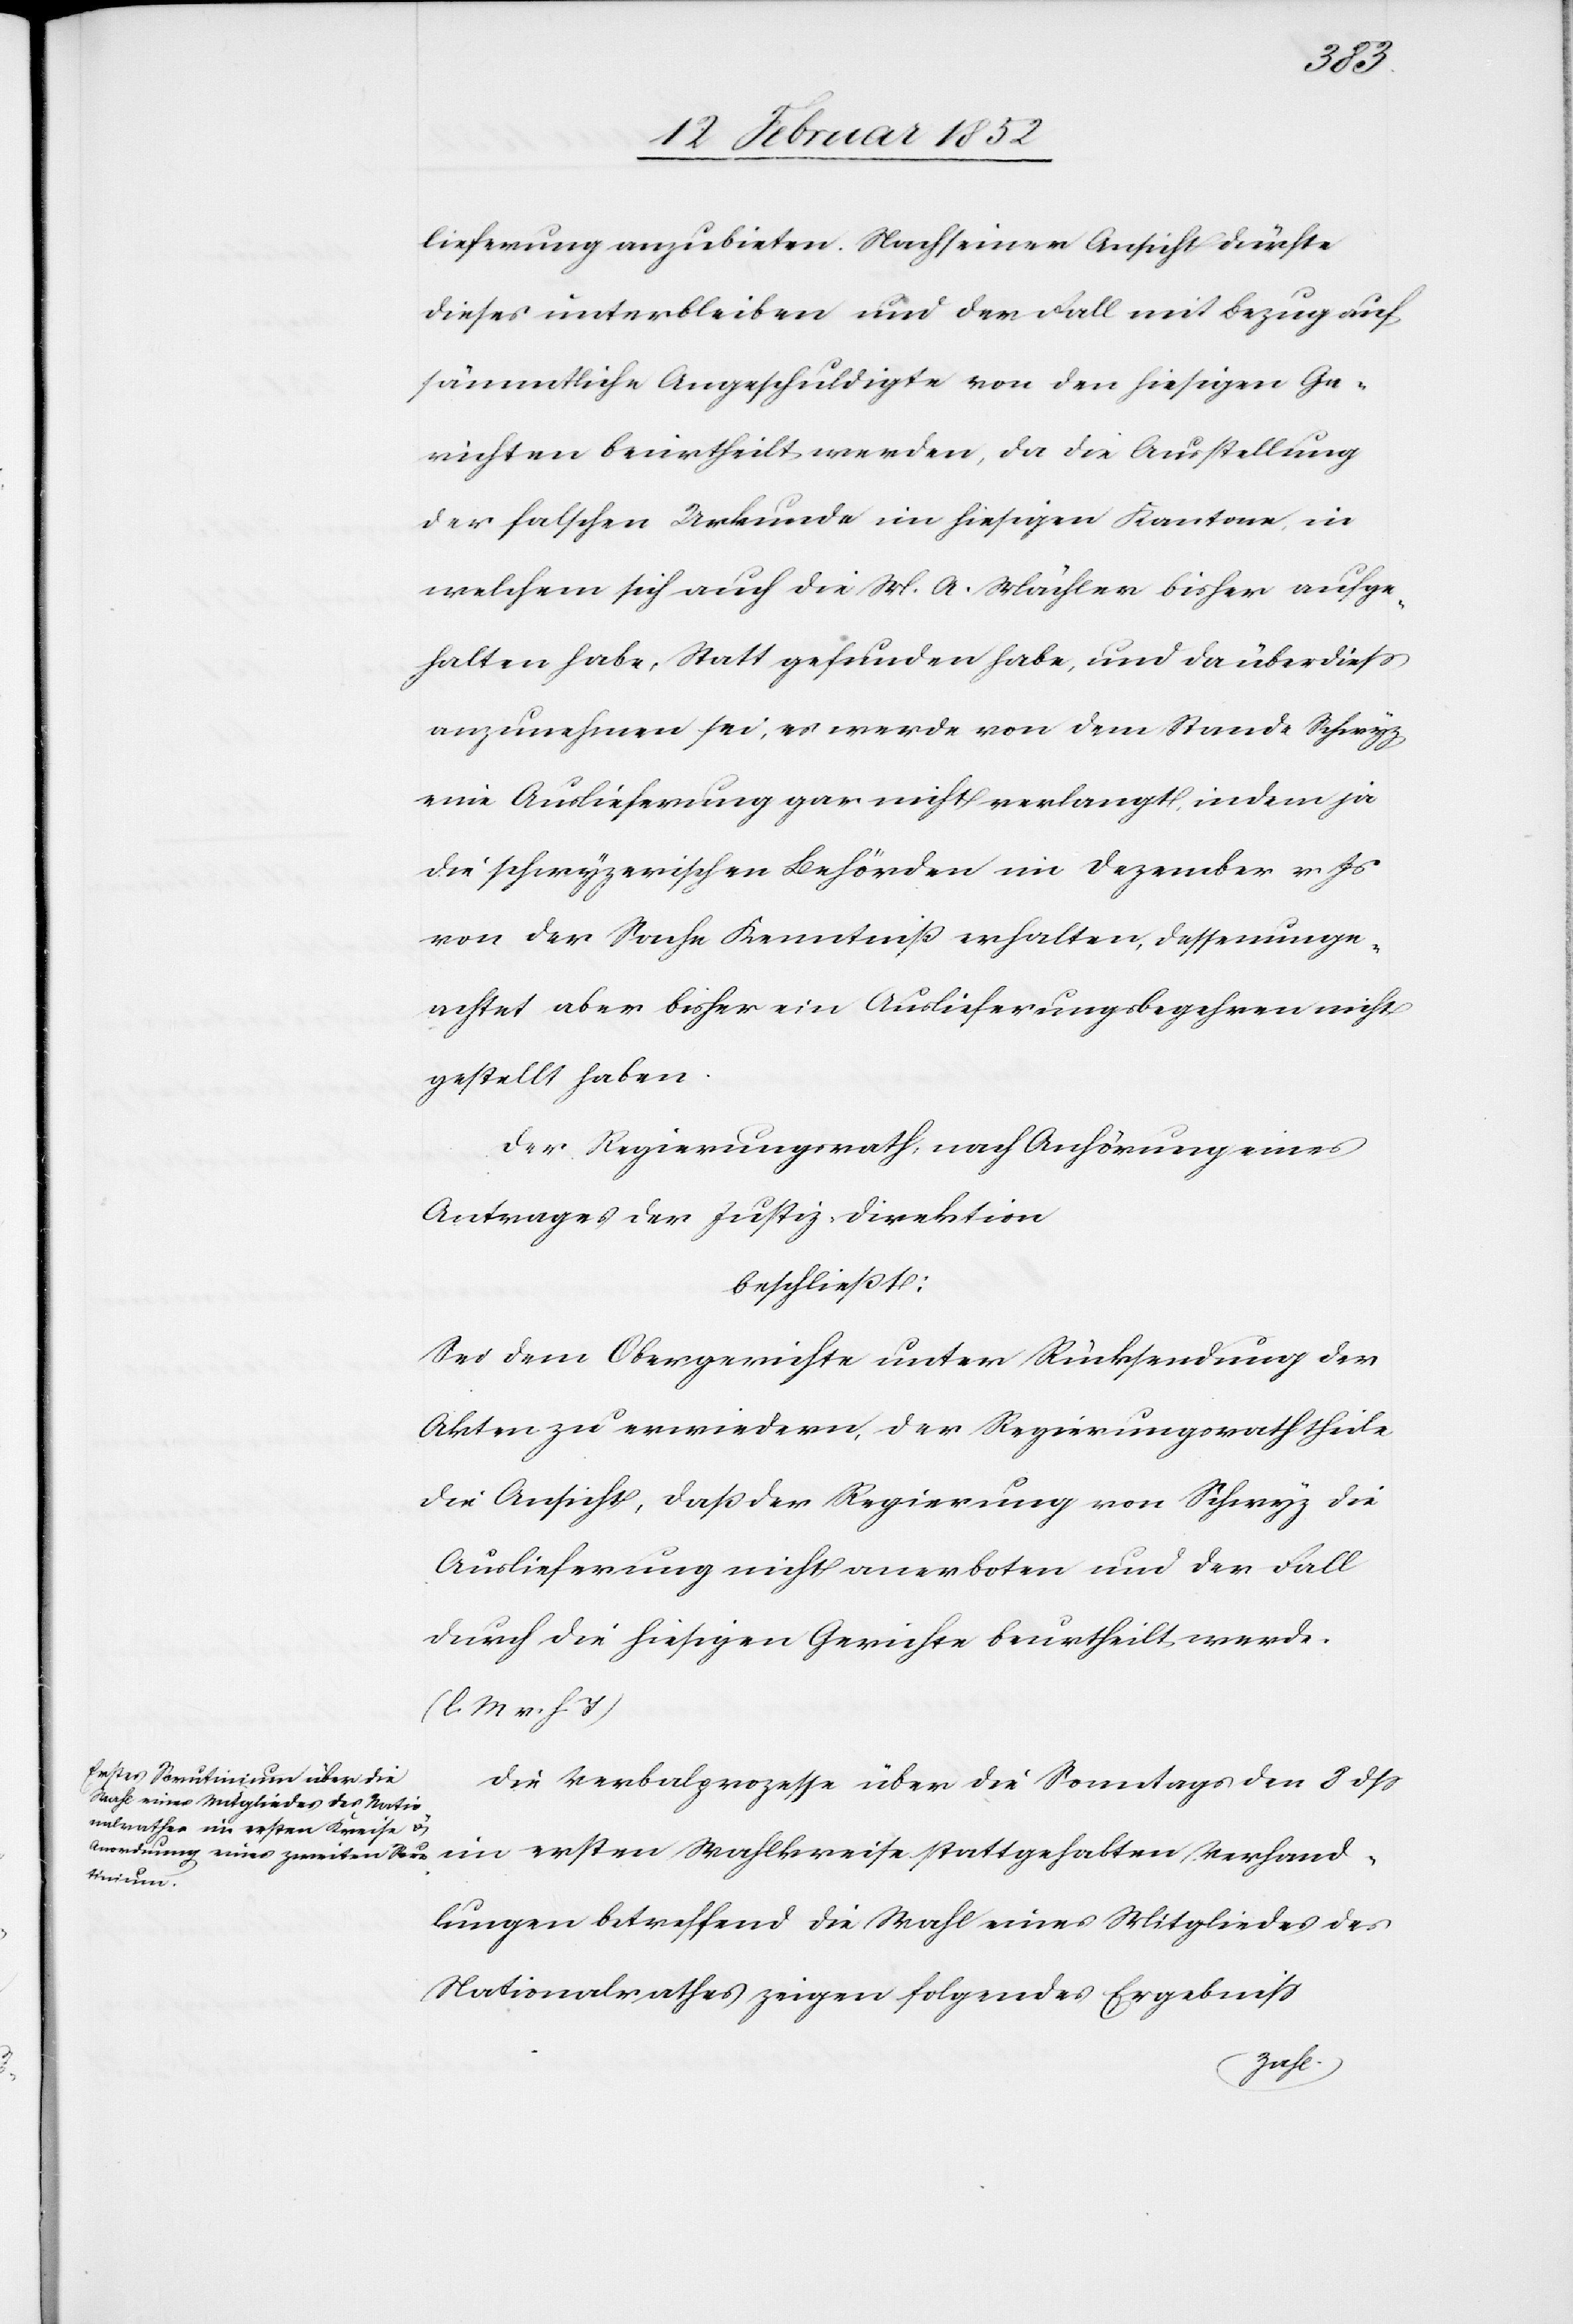
lieferung anzubieten. Nach seiner Ansicht dürfte
dieses unterbleiben und der Fall mit Bezug auf
sämmtliche Angeschuldigte von den hiesigen Ge¬
richten beurtheilt werden, da die Aufstellung
der falschen Urkunde im hiesigen Kantone, in
welchem sich auch die M. A. Mächler bisher aufge¬
halten habe, Statt gefunden habe, und da überdieß
anzunehmen sei, es werde von dem Stande Schwyz
eine Auslieferung gar nicht verlangt, indem ja
die schwyzerischen Behörden im Dezember v. Js
von der Sache Kenntniß erhalten, dessenunge¬
achtet aber bisher ein Auslieferungsbegehren nicht
gestellt haben.
Der Regierungsrath hat, nach Anhörung eines
Antrages der Justiz-Direktion
beschließt:
Sei dem Obergerichte unter Rücksendung der
Akten zu erwiedern, der Regierungsrath theile
die Ansicht, daß der Regierung von Schwyz die
Auslieferung nicht anerboten und der Fall
durch die hiesigen Gerichte beurtheilt werde.
(l. M v. h. T)
Die Verbalprozesse über die Sonntags den 8 dß
im ersten Wahlkreise stattgehabten Verhand¬
lungen betreffend die Wahl eines Mitgliedes des
Nationalrathes zeigen folgendes Ergebniß